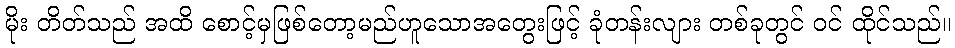
မိုး တိတ်သည် အထိ စောင့်မှဖြစ်တော့မည်ဟူသောအတွေးဖြင့် ခုံတန်းလျား တစ်ခုတွင် ဝင် ထိုင်သည်။